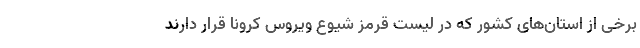
برخی از استان‌های کشور که در لیست قرمز شیوع ویروس کرونا قرار دارند